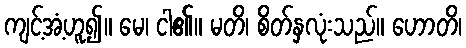
ကျင့်အံ့ဟူ၍။ မေ၊ ငါ၏။ မတိ၊ စိတ်နှလုံးသည်။ ဟောတိ၊